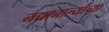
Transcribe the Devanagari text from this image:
नद्यानाल्यांच्या